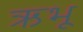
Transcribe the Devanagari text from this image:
ऋभू